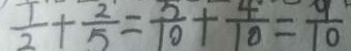
\frac { 1 } { 2 } + \frac { 2 } { 5 } = \frac { 5 } { 1 0 } + \frac { 4 } { 1 0 } = \frac { 9 } { 1 0 }